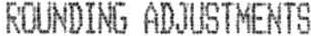
ROUNDING ADJUSTMENTS